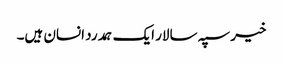
خیر سپہ سالار ایک ہمدرد انسان ہیں۔